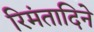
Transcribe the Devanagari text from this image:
रिमंतादिने